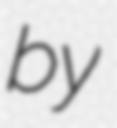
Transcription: by